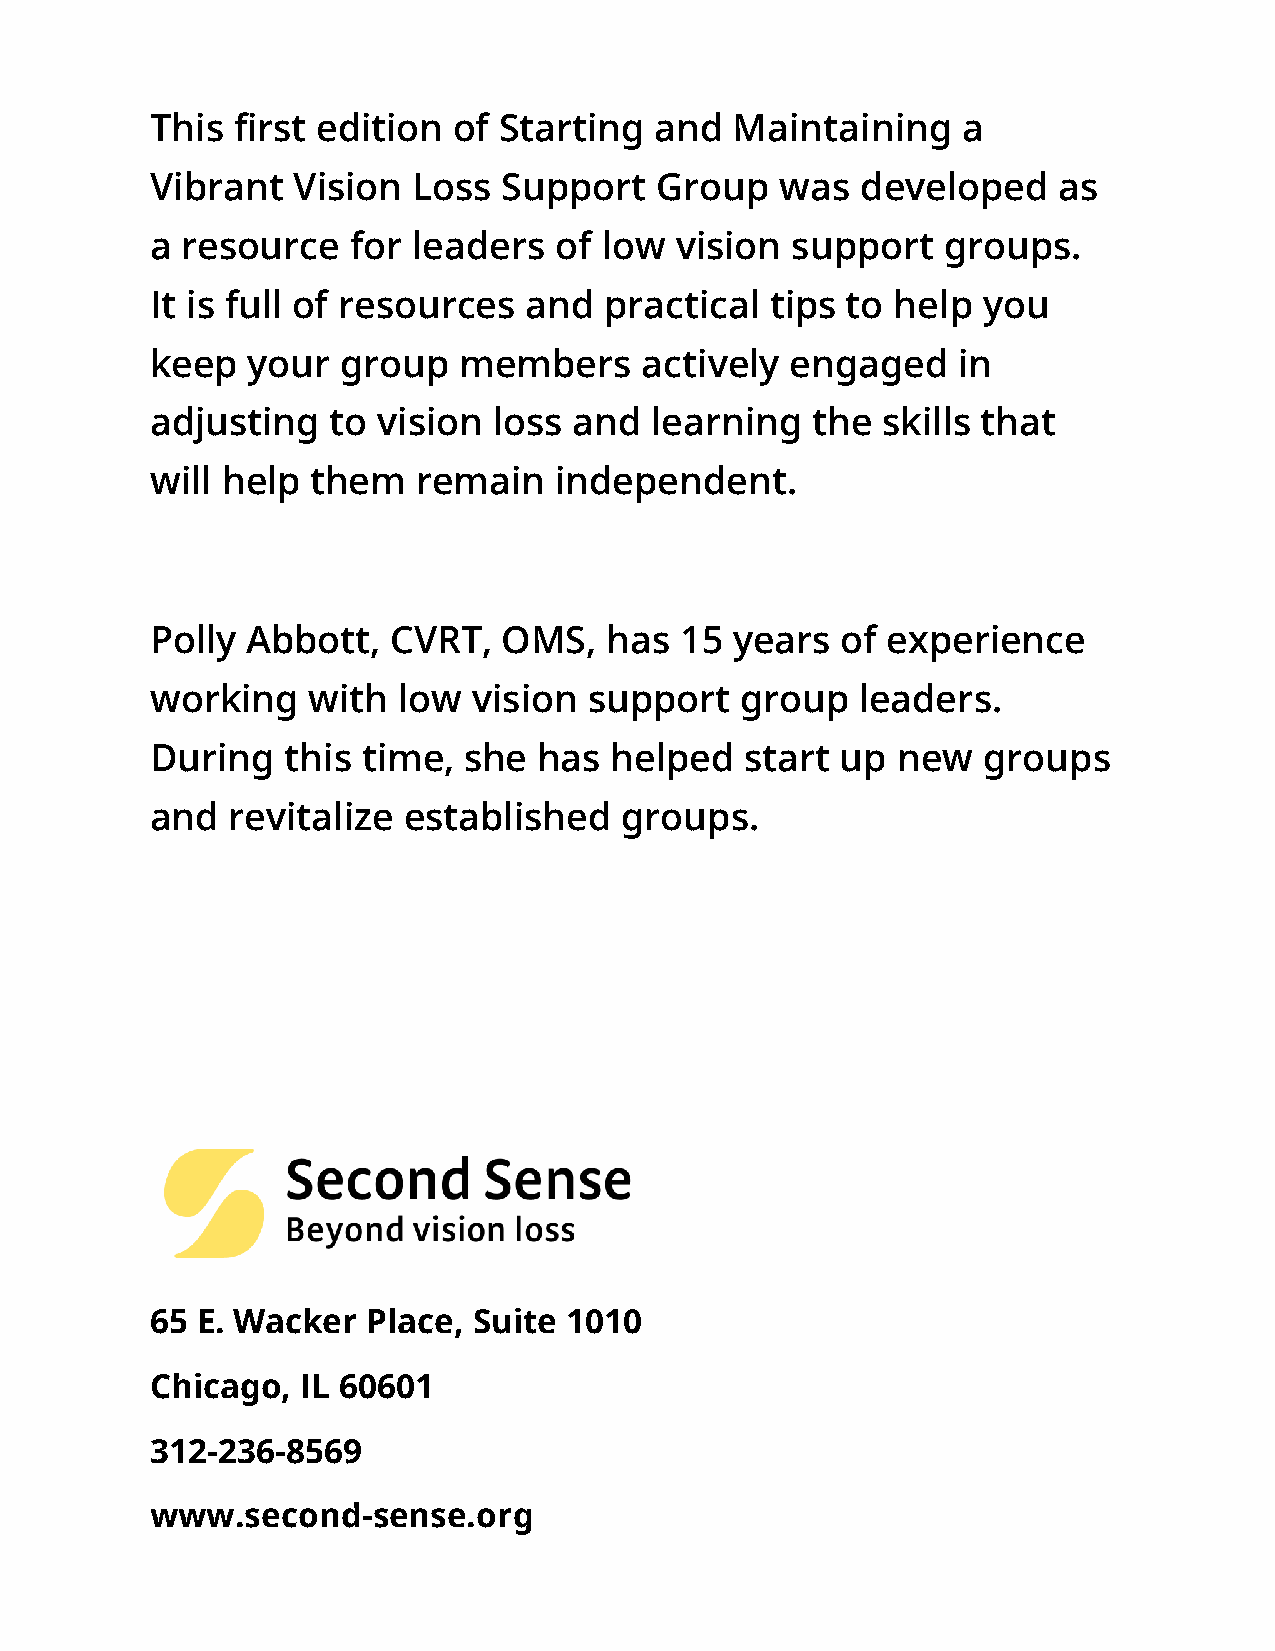
This first edition  of Starting  and   Maintaining    a
 Vibrant  Vision  Loss  Support   Group    was  developed    as
 a resource   for leaders   of low  vision support   groups.
 It is full of resources  and  practical  tips to help  you
 keep  your   group  members      actively engaged    in
 adjusting   to vision  loss and  learning   the skills that
 will help  them   remain   independent.
 Polly Abbott,   CVRT,  OMS,   has  15  years  of experience
 working   with  low  vision  support   group   leaders.
 During   this time,  she  has helped   start  up new   groups
 and  revitalize  established   groups.
 65 E. Wacker  Place, Suite  1010
 Chicago,  IL 60601
 312-236-8569
 www.second-sense.org